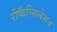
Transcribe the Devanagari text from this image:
रीकैन्सिलेशन